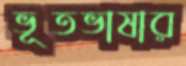
ভূতভাষার